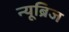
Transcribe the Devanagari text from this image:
न्यूब्रिज